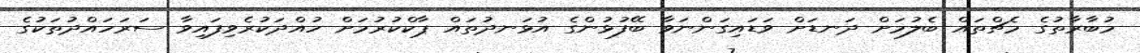
މުބާރާތުގެ މެޗްތައް ބެލުމަށް ދަނޑަށް ވަޑައިގަންނަވާ ބޭފުޅުންގެ އުޅަނދުތައް ޕާކްކުރުމަށް ހުއްދަކުރެވިފައިވާ ސަރަހައްދުތަކުގެ